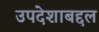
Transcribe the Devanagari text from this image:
उपदेशाबद्दल